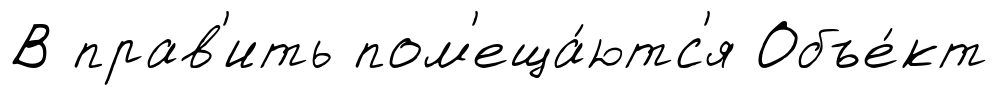
В прав'ить пом'еща́ютс'я Объе́кт